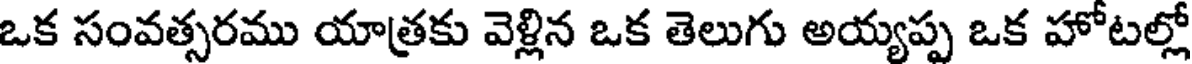
ఒక సంవత్సరము యాత్రకు వెళ్లిన ఒక తెలుగు అయ్యప్ప ఒక హోటల్లో